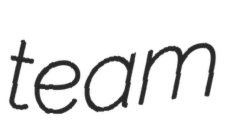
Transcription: team